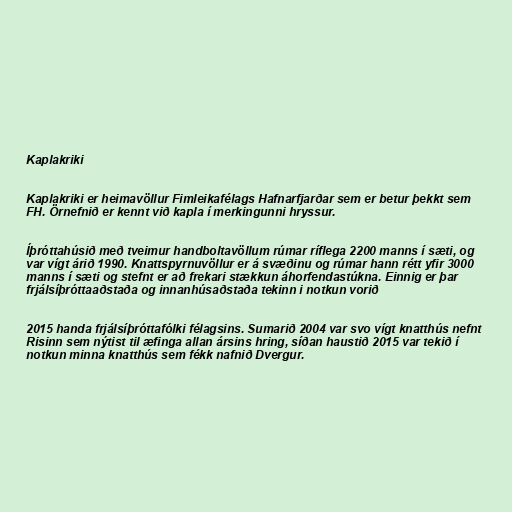
Kaplakriki

Kaplakriki er heimavöllur Fimleikafélags Hafnarfjarðar sem er betur þekkt sem
FH. Örnefnið er kennt við kapla í merkingunni hryssur.

Íþróttahúsið með tveimur handboltavöllum rúmar ríflega 2200 manns í sæti, og
var vígt árið 1990. Knattspyrnuvöllur er á svæðinu og rúmar hann rétt yfir 3000
manns í sæti og stefnt er að frekari stækkun áhorfendastúkna. Einnig er þar
frjálsíþróttaaðstaða og innanhúsaðstaða tekinn i notkun vorið

2015 handa frjálsíþróttafólki félagsins. Sumarið 2004 var svo vígt knatthús nefnt
Risinn sem nýtist til æfinga allan ársins hring, síðan haustið 2015 var tekið í
notkun minna knatthús sem fékk nafnið Dvergur.